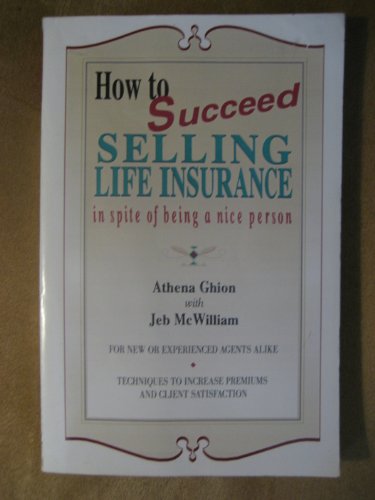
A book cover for How to Succeed Selling Life Insurance in Spite of Being a Nice Person; Athena Ghion; Business & Money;